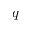
q